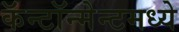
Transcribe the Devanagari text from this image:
कॅन्टॉन्मेन्टमध्ये